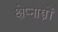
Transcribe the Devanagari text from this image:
क्षेप्नास्त्रों